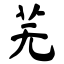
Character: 芜